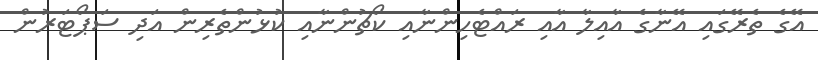
އޭގެ ތެރޭގައި އޭނާގެ އާއިލާ އާއި ރައްޓެހިންނާއި ކޯޗުންނާއި ކުޅުންތެރިން އަދި ސަޕޯޓަރުން